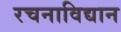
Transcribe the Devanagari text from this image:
रचनाविद्यान